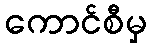
ကောင်စီမှ